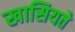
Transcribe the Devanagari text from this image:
खासियते